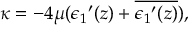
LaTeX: \kappa = - 4 \mu ( { \epsilon _ { 1 } } ^ { \prime } ( z ) + \overline { { { { \epsilon _ { 1 } } ^ { \prime } ( z ) } } } ) ,